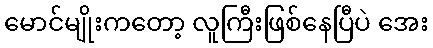
မောင်မျိုးကတော့ လူကြီးဖြစ်နေပြီပဲ အေး